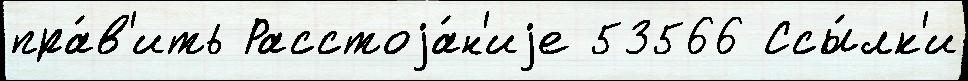
пра́в'ить Расстоjа́н'иjе 53566 Ссы́лк'и